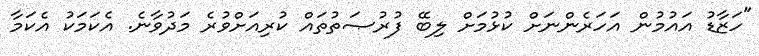
"ހަޒާޑު އައުމުން އަހަރެންނަށް ކުޅުމަށް ލިބޭ ފުރުޞަތުތައް ކުރިއަށްވުރެ މަދުވާނެ. އެކަމަކު އެކަމާ